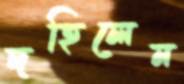
দহিলেন